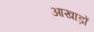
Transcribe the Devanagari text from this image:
आखाड़ों